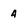
Character: 4